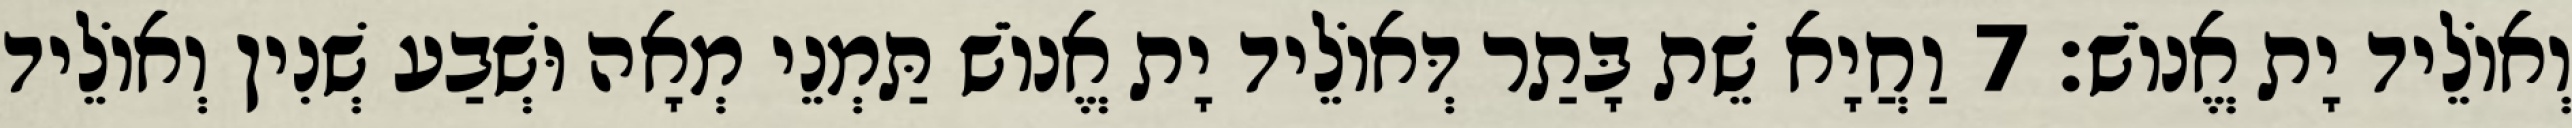
וְאוֹלֵיד יָת אֱנוֹשׁ׃ 7 וַחֲיָא שֵׁת בָּתַר דְּאוֹלֵיד יָת אֱנוֹשׁ תַּמְנֵי מְאָה וּשְׁבַע שְׁנִין וְאוֹלֵיד